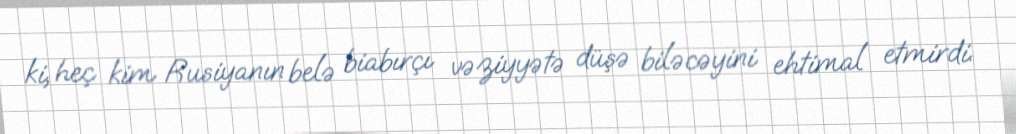
ki, heç kim Rusiyanın belə biabırçı vəziyyətə düşə biləcəyini ehtimal etmirdi.